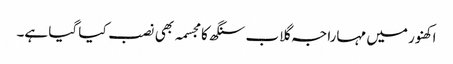
اکھنور میں مہاراجہ گلاب سنگھ کا مجسمہ بھی نصب کیا گیا ہے۔